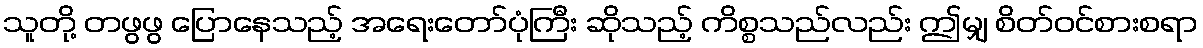
သူတို့ တဖွဖွ ပြောနေသည့် အရေးတော်ပုံကြီး ဆိုသည့် ကိစ္စသည်လည်း ဤမျှ စိတ်ဝင်စားစရာ